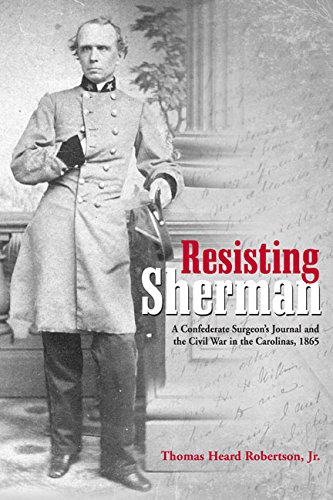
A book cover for Resisting Sherman: A Confederate Surgeon's Journal and the Civil War in the Carolinas, 1865; Thomas Robertson; Biographies & Memoirs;